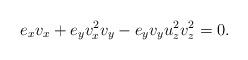
LaTeX: \begin{align*}e_x v_x + e_y v_x^2 v_y - e_y v_y u_z^2 v_z^2 = 0.\end{align*}